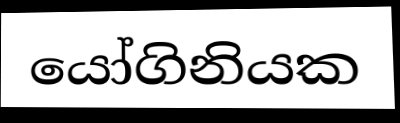
යෝගිනියක